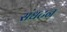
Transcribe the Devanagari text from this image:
संधटन